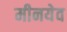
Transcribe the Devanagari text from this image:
मीनयेव